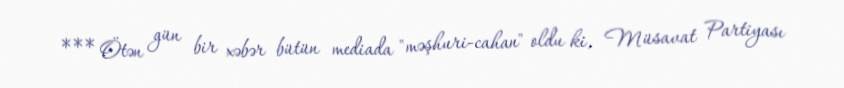
*** Ötən gün bir xəbər bütün mediada "məşhuri-cahan" oldu ki, Müsavat Partiyası